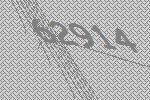
62914